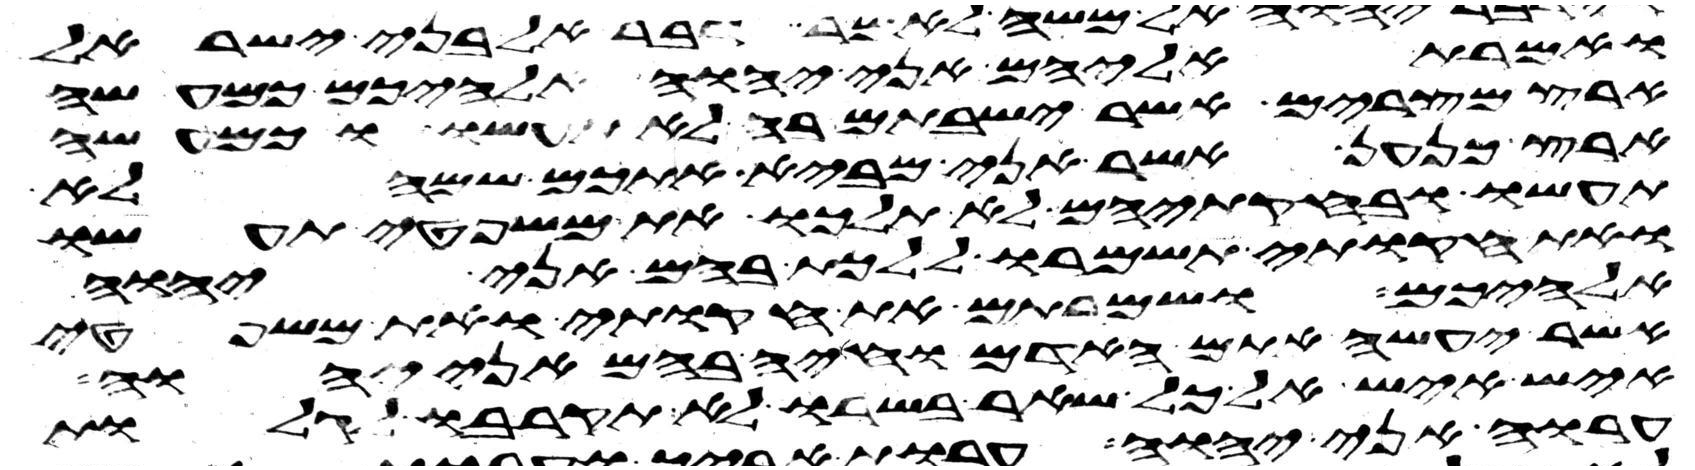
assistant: ואמרת אליהם אני יהוה אלהיכם כמעשה
ארץ מצרים אשר ישבתם בה לא תעשו וכמעשה
ארץ כנען אשר אני מביא אתכם שמה לא
תעשו ובחקתיהם לא תלכו את משפטי תעשו
ואת חקותי תשמרו ללכת בהם אני יהוה
אלהיכם ושמרתם את חקותי ואת משפטי
אשר יעשה אתם האדם וחיה בהם אני יהוה
איש איש אל כל שאר בשרו לא תקרבו לגלות